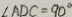
\angle A D C = 9 0 ^ { \circ }